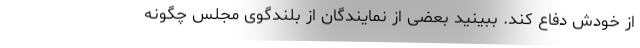
از خودش دفاع کند. ببینید بعضی از نمایندگان از بلندگوی مجلس چگونه